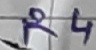
Text: R4